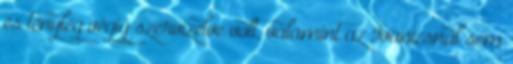
és tényleg végig szervizelve volt, valamint az Ivanicsnál sem